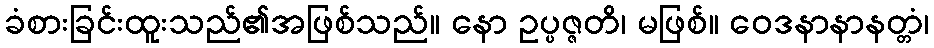
ခံစားခြင်းထူးသည်၏အဖြစ်သည်။ နော ဥပ္ပဇ္ဇတိ၊ မဖြစ်။ ဝေဒနာနာနတ္တံ၊